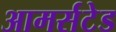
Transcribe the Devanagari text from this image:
आमर्सटेड